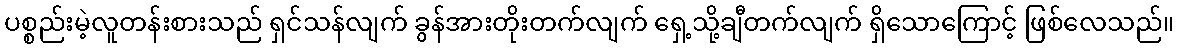
ပစ္စည်းမဲ့လူတန်းစားသည် ရှင်သန်လျက် ခွန်အားတိုးတက်လျက် ရှေ့သို့ချီတက်လျက် ရှိသောကြောင့် ဖြစ်လေသည်။